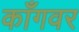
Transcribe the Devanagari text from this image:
काँगवर